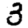
Digit: 3